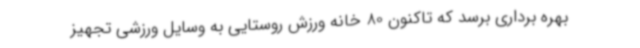
بهره برداری برسد که تاکنون 80 خانه ورزش روستایی به وسایل ورزشی تجهیز